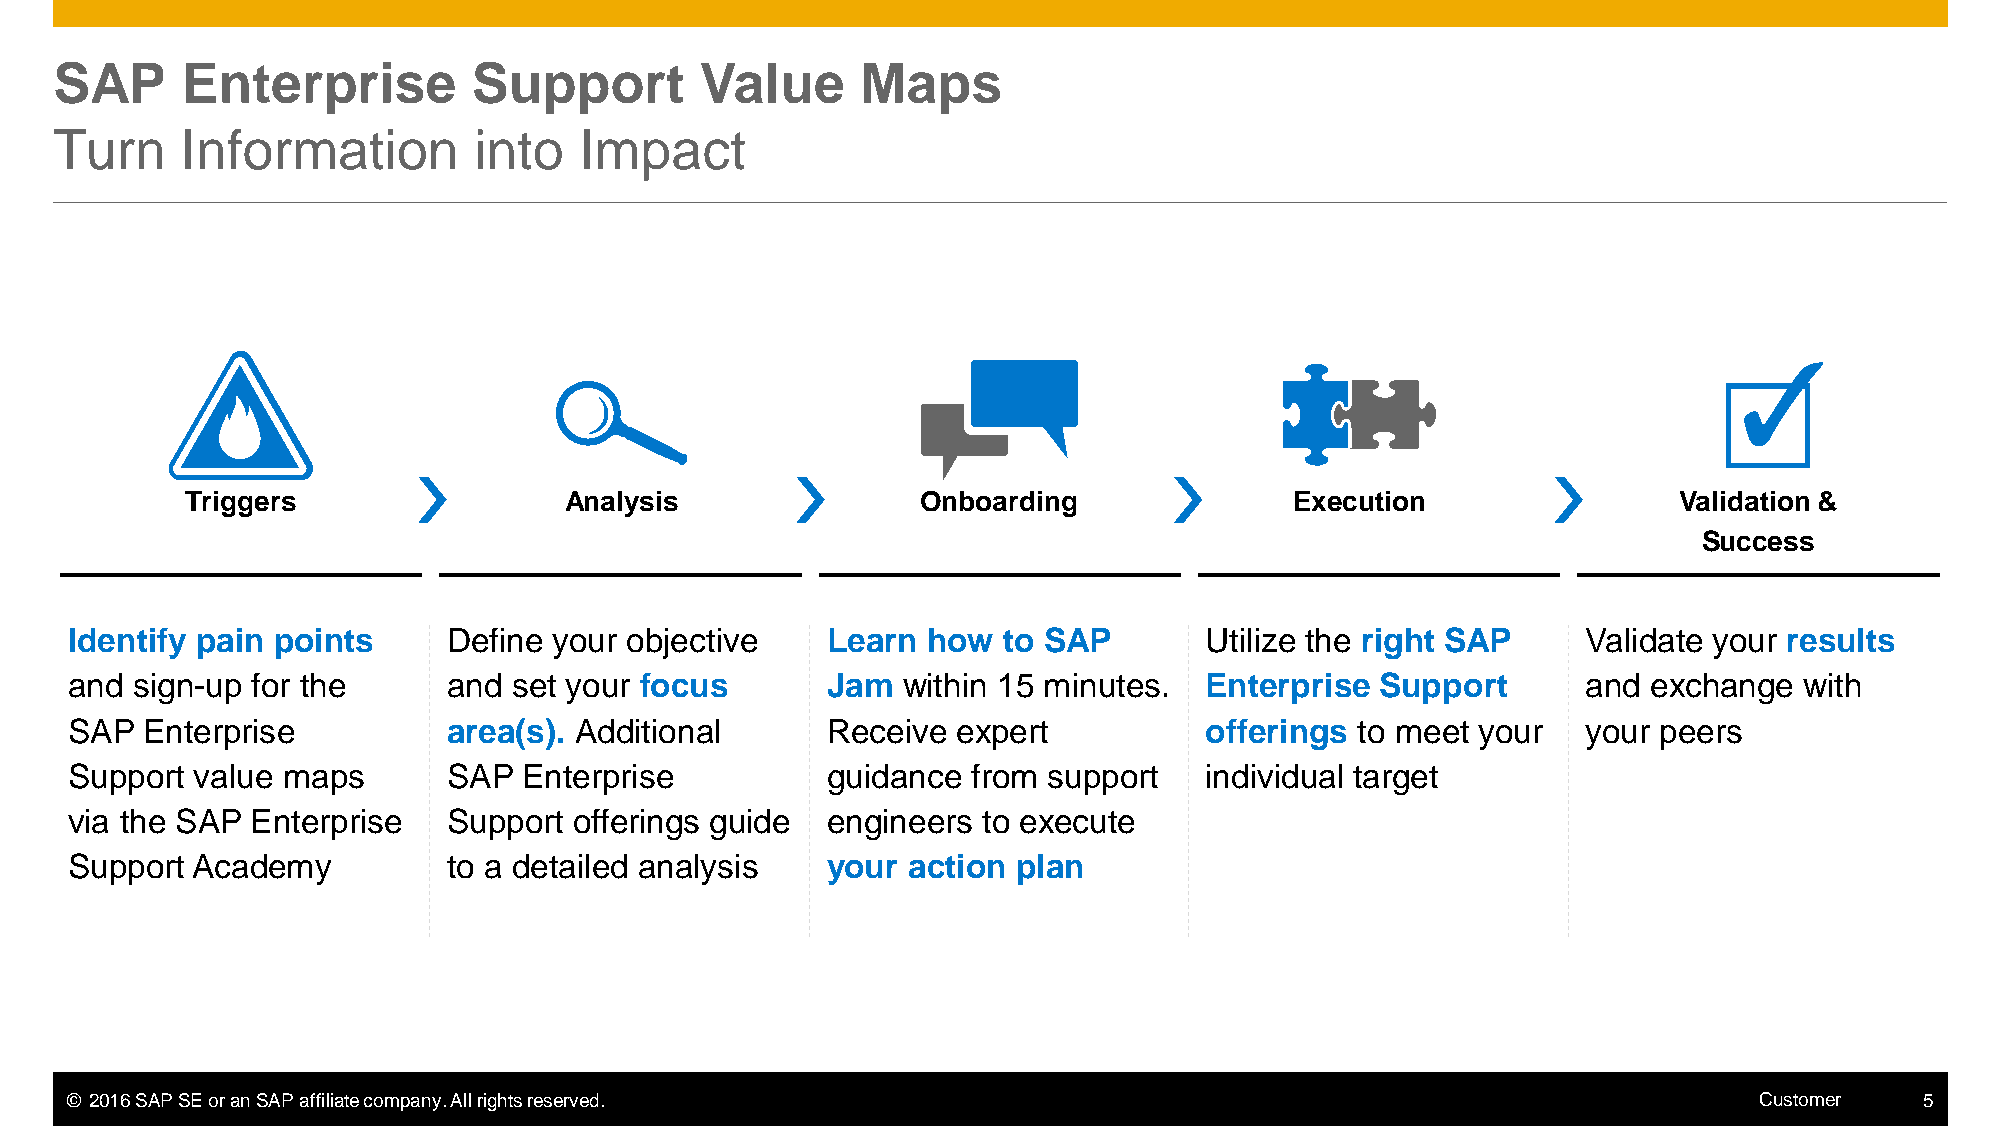
SAP     Enterprise         Support        Value      Maps
 Turn    Information        into   Impact
 Triggers                 Analysis                Onboarding               Execution                Validation &
 Success
 Identify pain points      Define your objective    Learn how  to SAP        Utilize the right SAP    Validate your results
 and  sign-up for the      and set your focus       Jam  within 15 minutes.  Enterprise Support       and exchange  with
 SAP  Enterprise           area(s). Additional      Receive expert           offerings to meet your   your peers
 Support  value maps       SAP  Enterprise          guidance from support    individual target
 via the SAP  Enterprise   Support offerings guide  engineers to execute
 Support  Academy          to a detailed analysis   your action plan
 © 2016 SAP SE or an SAP affiliate company. All rights reserved.                                                 Customer   5